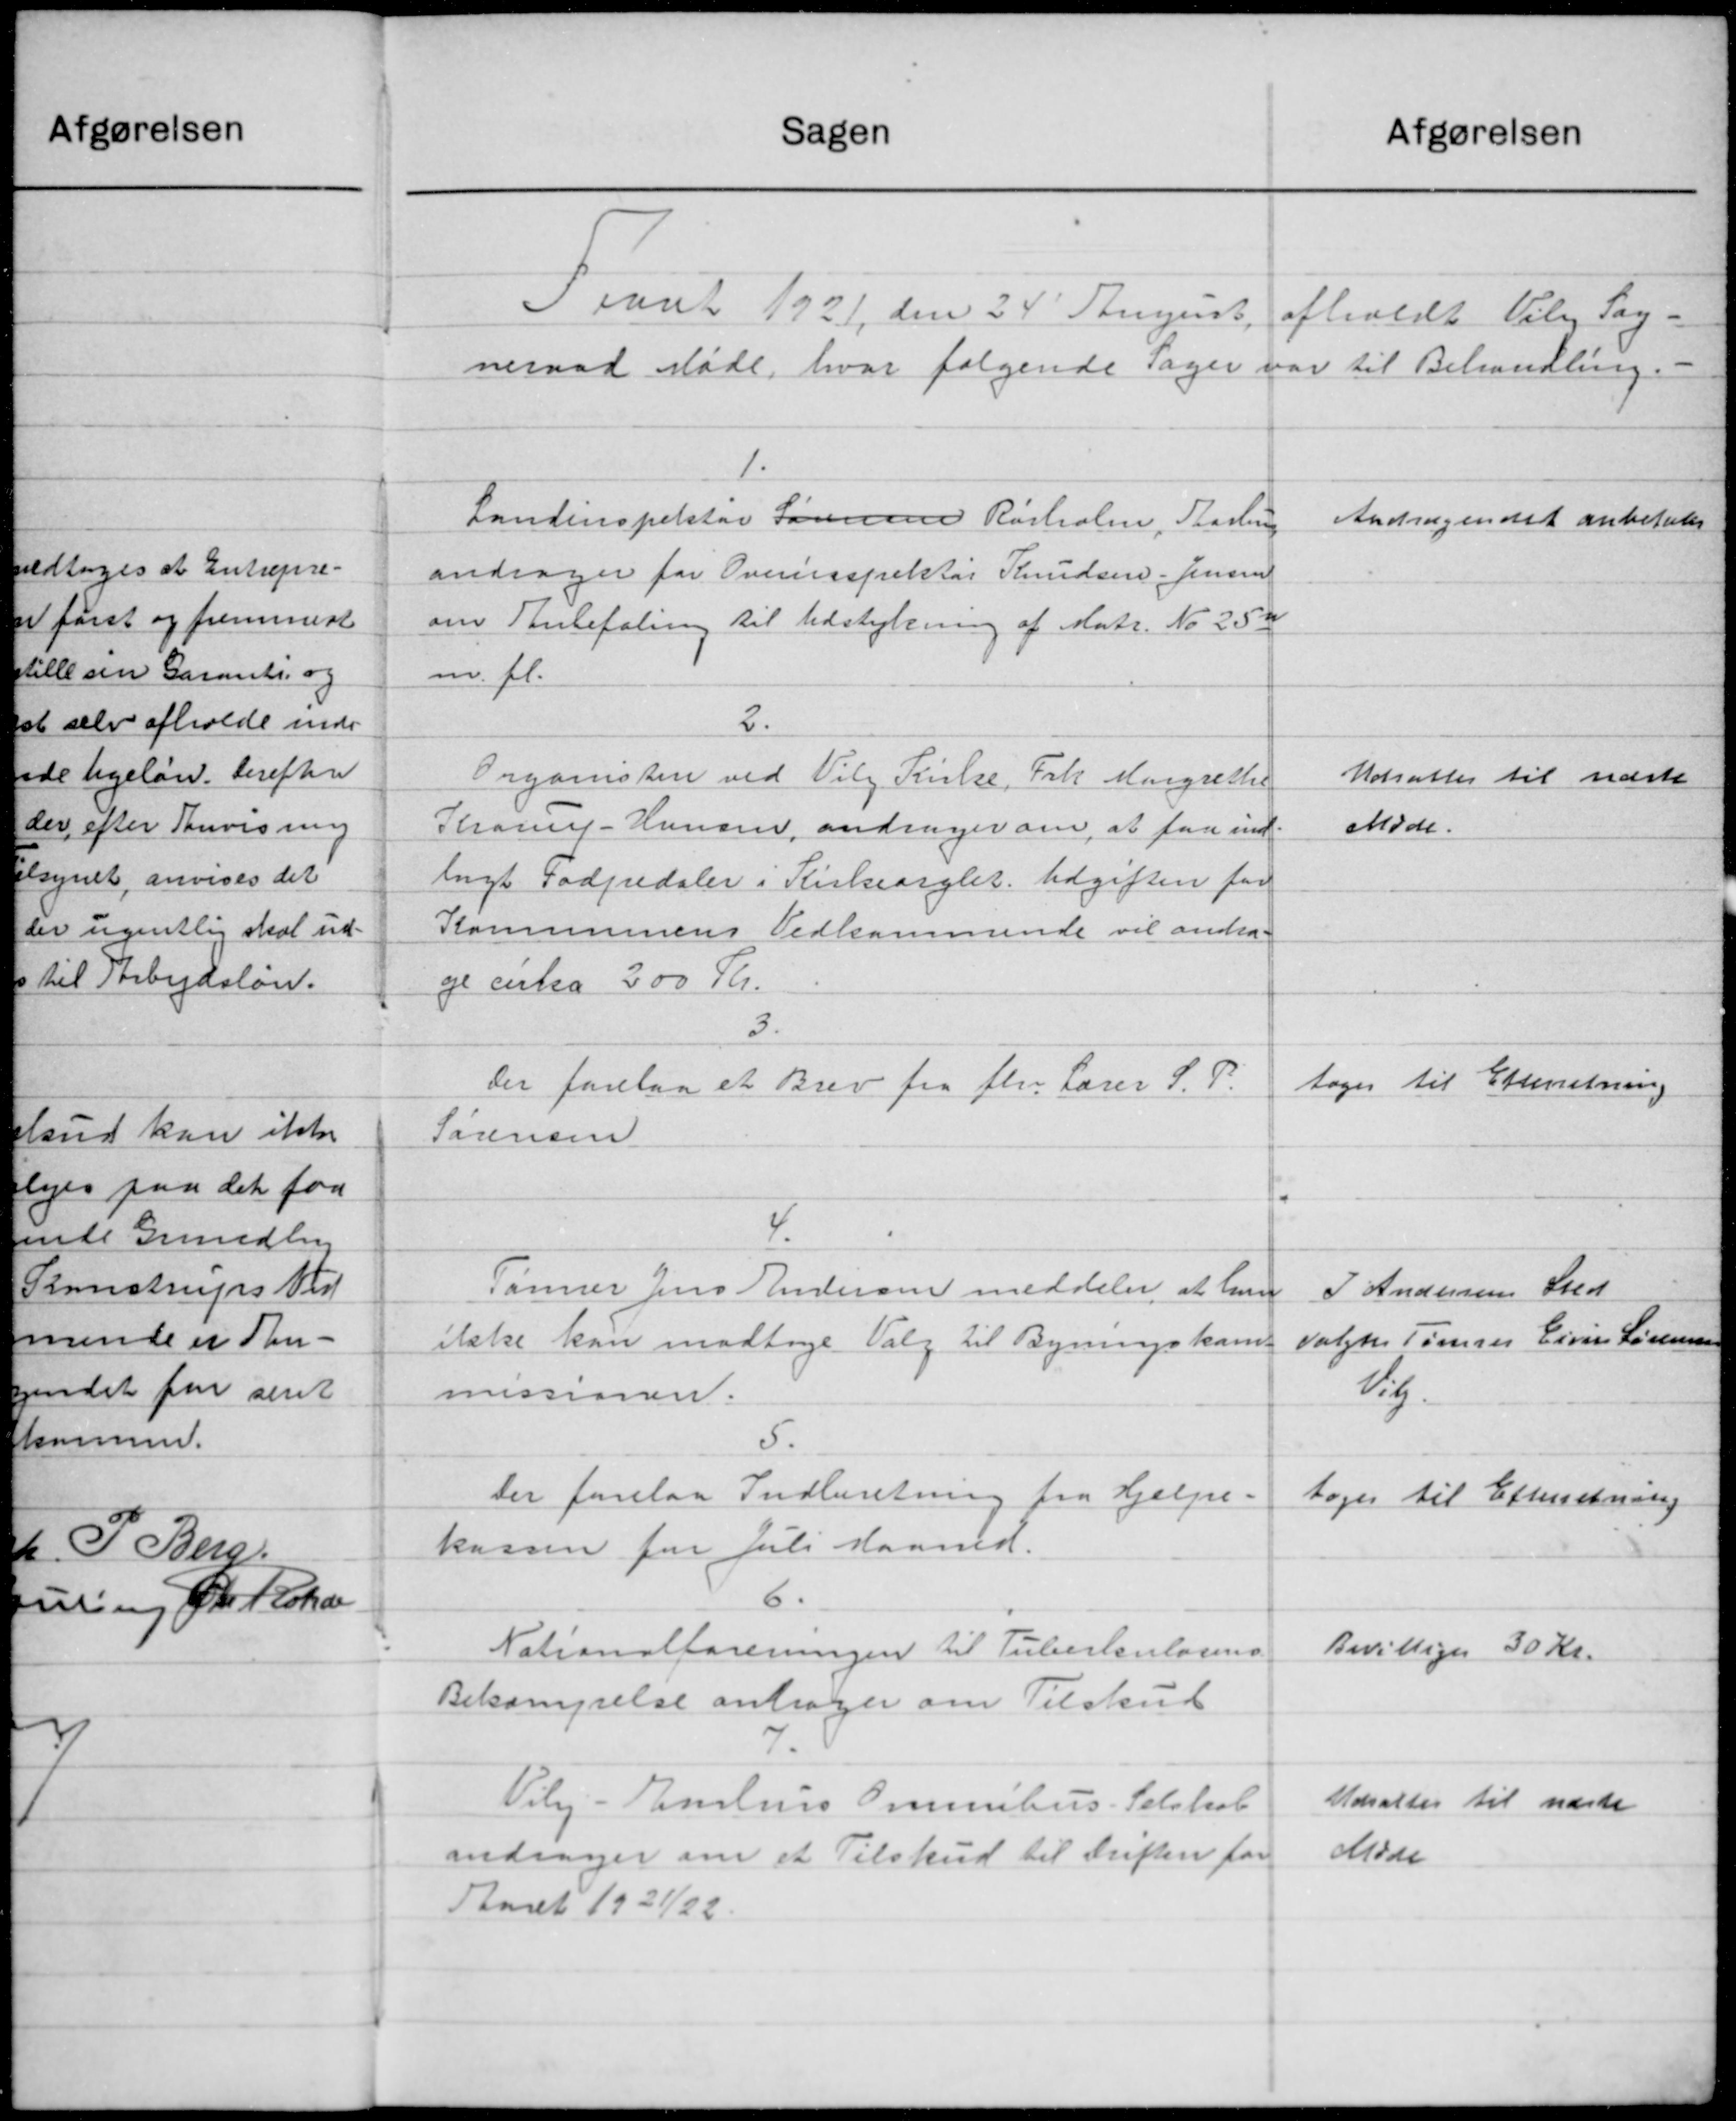
Transskription:
Sagen
Afgørelsen
Iaaret 1921 den 24' August
afholdt Viby Sog-
neraad Møde, hvor følgende Sager var til Behandling.
1.
Landinspektør Sørensen Rørholm, Aarhus
Andragendet anbefales
andrager for Overinspektør Knudsen. Jensen
om Anbefaling til Udstykning af Matr. No 252
m. fl.
2.
Organisten ved Vilg Fruelse, Frk. Margrethe
Udsattes til næste
Krarup-Hansen andrager om, at faa ind-
Møde.
lagt Fodpedaler i Kirkeorglet. Udgiften for
Kommunens Vedkommende vil andra-
ge cirka 300 Th.
3.
toges til Efterretning
Der forelaa et Brev fra fhv Lærer S. P.
Sørensen
4.
Tømrer Jens Andersen meddeler at lave
J Andersens Sted
Valgtes Tømrer Eivin Sørensen
ikke kan modtage Valg til Byningskom-
lig.
missionen.
5.
Der forelaa Indberetning fra Hjælpe-
toges til Efterretning
kassen for Juli Maaned.
6.
Bevilliges 30 Kr.
Nationalforeningen til Tuberkulosens
Bekæmpelse andrager om Tilskud
7.
Udsattes til næste
Vily. - Enlius Omnibus. Selskol
Møde
andrager om et Tilskud til driften for
Aaret 1921/22.